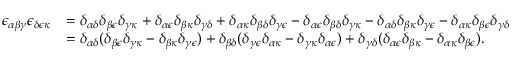
\begin{array} { r l } { \epsilon _ { \alpha \beta \gamma } \epsilon _ { \delta \epsilon \kappa } } & { = \delta _ { \alpha \delta } \delta _ { \beta \epsilon } \delta _ { \gamma \kappa } + \delta _ { \alpha \epsilon } \delta _ { \beta \kappa } \delta _ { \gamma \delta } + \delta _ { \alpha \kappa } \delta _ { \beta \delta } \delta _ { \gamma \epsilon } - \delta _ { \alpha \epsilon } \delta _ { \beta \delta } \delta _ { \gamma \kappa } - \delta _ { \alpha \delta } \delta _ { \beta \kappa } \delta _ { \gamma \epsilon } - \delta _ { \alpha \kappa } \delta _ { \beta \epsilon } \delta _ { \gamma \delta } } \\ & { = \delta _ { \alpha \delta } ( \delta _ { \beta \epsilon } \delta _ { \gamma \kappa } - \delta _ { \beta \kappa } \delta _ { \gamma \epsilon } ) + \delta _ { \beta \delta } ( \delta _ { \gamma \epsilon } \delta _ { \alpha \kappa } - \delta _ { \gamma \kappa } \delta _ { \alpha \epsilon } ) + \delta _ { \gamma \delta } ( \delta _ { \alpha \epsilon } \delta _ { \beta \kappa } - \delta _ { \alpha \kappa } \delta _ { \beta \epsilon } ) . } \end{array}